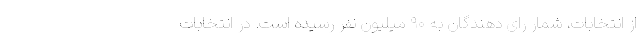
از انتخابات، شمار رای دهندگان به ۹۰ میلیون نفر رسیده است. در انتخابات